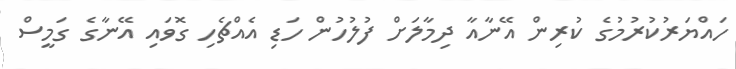
ހައްޔަރުކުރުމުގެ ކުރިން އޭނާއާ ދިމާލަށް ފުލުހުން ހަޑި އެއްޗެހި ގޮވައި އޭނާގެ ގަމީސް